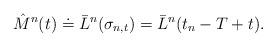
LaTeX: \begin{align*}\hat M^n(t) \doteq \bar L^n(\sigma_{n,t}) = \bar L^n(t_n-T+t).\end{align*}